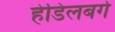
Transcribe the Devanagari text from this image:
हेडिलबर्ग